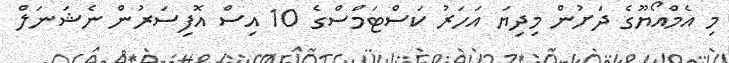
މި އެމްއޯޔޫގެ ދަށުން މިދިޔަ އަހަރު ކަސްޓަމްސްގެ 10 އިސް އޮފިސަރުން ނެޝަނަލް